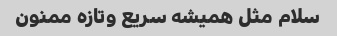
سلام مثل همیشه سریع وتازه ممنون